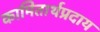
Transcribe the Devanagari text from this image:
कामितार्थप्रदाय